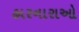
હારનારાઓ